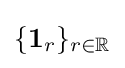
\{\mathbf {1} _{r}\}_{r\in \mathbb {R} }